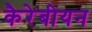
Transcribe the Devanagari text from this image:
कैरेबीयन